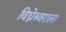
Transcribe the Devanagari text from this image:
विघ्नेश्र्वराला